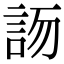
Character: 𧦯